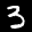
Label: 3